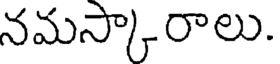
నమస్కారాలు.